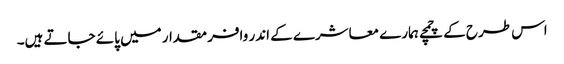
اس طرح کے چمچے ہمارے معاشرے کے اندر وافر مقدار میں پائے جاتے ہیں۔